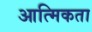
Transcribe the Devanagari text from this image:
आत्मिकता